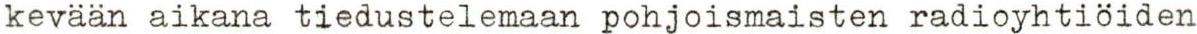
kevään aikana tiedustelemaan pohjoismaisten radioyhtiöiden